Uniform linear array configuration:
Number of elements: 16
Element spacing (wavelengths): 0.75
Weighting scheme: hann
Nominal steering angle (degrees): -45
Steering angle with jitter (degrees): -46.255
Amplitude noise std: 0.05
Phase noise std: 0.05

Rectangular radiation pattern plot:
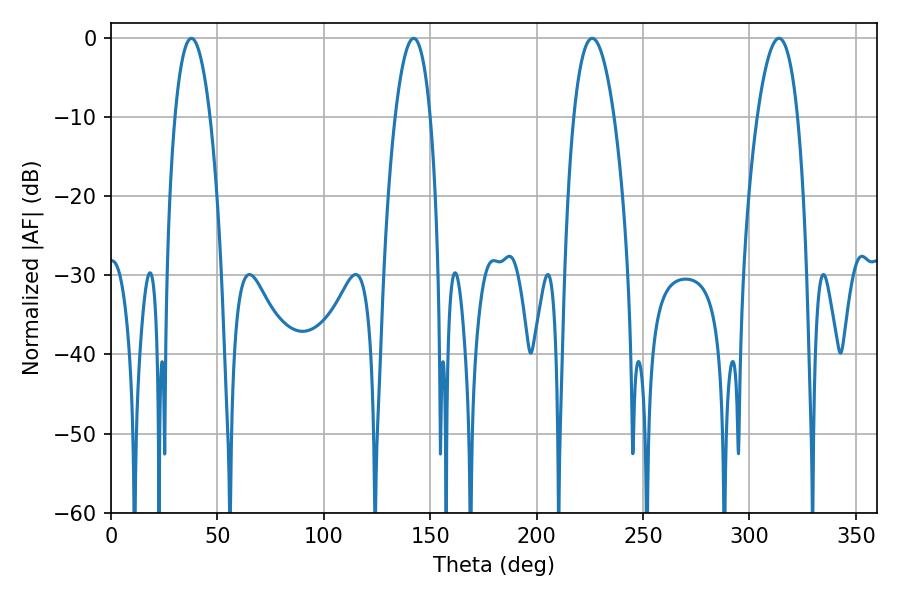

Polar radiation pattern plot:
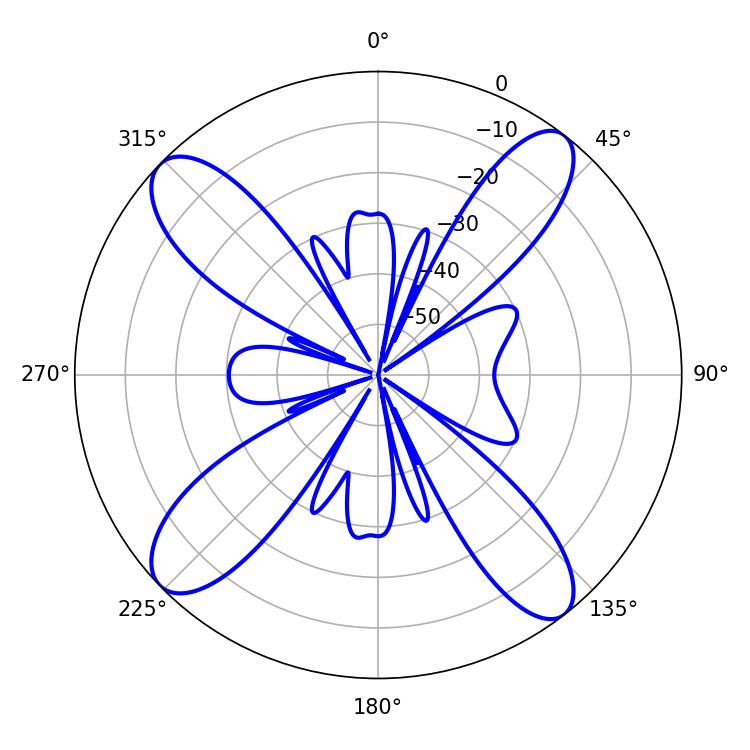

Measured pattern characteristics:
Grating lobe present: TRUE
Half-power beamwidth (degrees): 9.18
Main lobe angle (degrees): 37.8